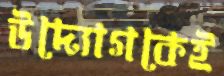
উদ্যোগকেই